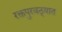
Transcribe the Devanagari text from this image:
रक्तपुरवठ्यात